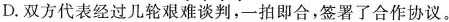
D.双方代表经过几轮艰难谈判，一拍即合，签署了合作协议。